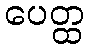
ပေတ္ထ